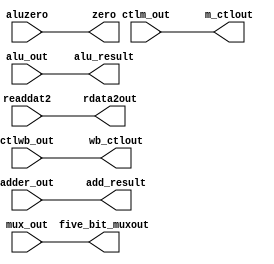
`timescale 1ns / 1ps
//////////////////////////////////////////////////////////////////////////////////
// Company: 
// 
//////////////////////////////////////////////////////////////////////////////////
module The_EX_stage(
	input  [1:0]  ctlwb_out,
	input [2:0]  ctlm_out,
	input [31:0]  adder_out,
	input    aluzero,
	input  [31:0]  alu_out,
	input  [31:0]  readdat2,
	input  [4:0]  mux_out,
	
	output reg[1:0]  wb_ctlout,
	output reg [2:0]  m_ctlout,
	output reg [31:0] add_result, 
	output reg   	    zero,
	output reg [31:0] alu_result, 
	output reg [31:0] rdata2out, 
	output reg [4:0]  five_bit_muxout
    );
	 
    
	 
	 always @*
     begin
     #5  // clock cycle of the latch
         wb_ctlout <= ctlwb_out;
			m_ctlout  <= ctlm_out;
			add_result <= adder_out;
			zero   <= aluzero;
			alu_result <= alu_out;
			rdata2out <= readdat2;
			five_bit_muxout<= mux_out;
			
     end

endmodule